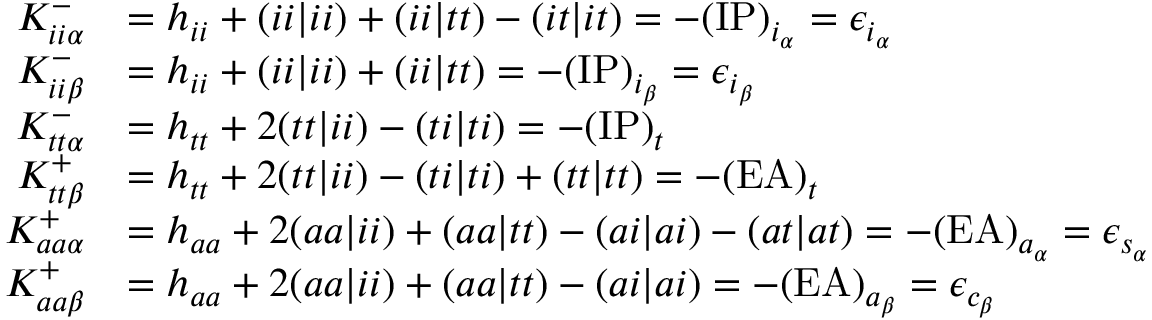
\begin{array} { r l } { K _ { i i \alpha } ^ { - } } & { = h _ { i i } + ( i i | i i ) + ( i i | t t ) - ( i t | i t ) = - ( \mathrm { I P } ) _ { i _ { \alpha } } = \epsilon _ { i _ { \alpha } } } \\ { K _ { i i \beta } ^ { - } } & { = h _ { i i } + ( i i | i i ) + ( i i | t t ) = - ( \mathrm { I P } ) _ { i _ { \beta } } = \epsilon _ { i _ { \beta } } } \\ { K _ { t t \alpha } ^ { - } } & { = h _ { t t } + 2 ( t t | i i ) - ( t i | t i ) = - ( \mathrm { I P } ) _ { t } } \\ { K _ { t t \beta } ^ { + } } & { = h _ { t t } + 2 ( t t | i i ) - ( t i | t i ) + ( t t | t t ) = - ( \mathrm { E A } ) _ { t } } \\ { K _ { a a \alpha } ^ { + } } & { = h _ { a a } + 2 ( a a | i i ) + ( a a | t t ) - ( a i | a i ) - ( a t | a t ) = - ( \mathrm { E A } ) _ { a _ { \alpha } } = \epsilon _ { s _ { \alpha } } } \\ { K _ { a a \beta } ^ { + } } & { = h _ { a a } + 2 ( a a | i i ) + ( a a | t t ) - ( a i | a i ) = - ( \mathrm { E A } ) _ { a _ { \beta } } = \epsilon _ { c _ { \beta } } } \end{array}